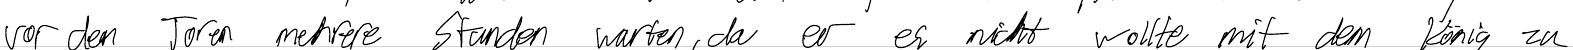
vor den Toren mehrere Stunden warten, da er es nicht wollte mit dem König zu